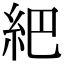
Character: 紦